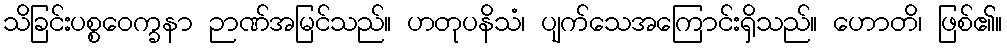
သိခြင်းပစ္စဝေက္ခနာ ဉာဏ်အမြင်သည်။ ဟတုပနိသံ၊ ပျက်သေအကြောင်းရှိသည်။ ဟောတိ၊ ဖြစ်၏။